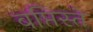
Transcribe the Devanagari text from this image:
बप्तिस्ते